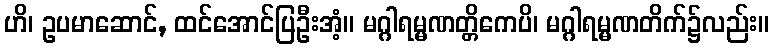
ဟိ၊ ဥပမာဆောင်, ထင်အောင်ပြဦးအံ့။ မဂ္ဂါရမ္မဏတ္တိကေပိ၊ မဂ္ဂါရမ္မဏတိက်၌လည်း။